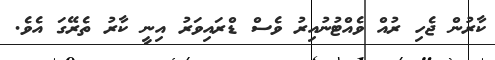
ކާރުން ޖެހި ރުއް ވެއްޓުނުއިރު ވެސް ޑްރައިވަރު އިނީ ކާރު ތެރޭގަ އެވެ.